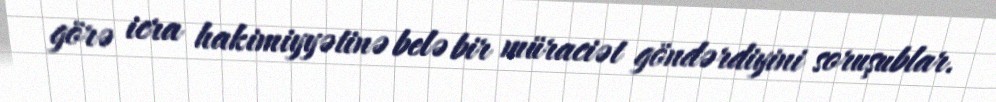
görə icra hakimiyyətinə belə bir müraciət göndərdiyini soruşublar.